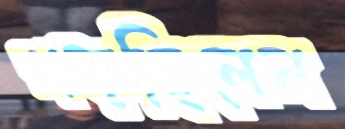
গড়ছিলেন